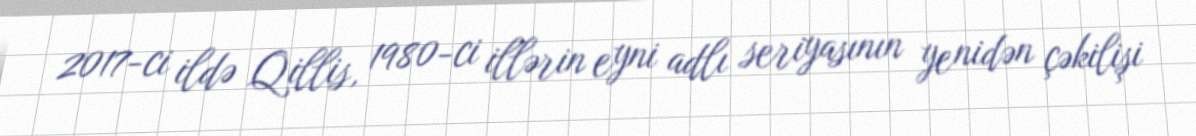
2017-ci ildə Qillis, 1980-ci illərin eyni adlı seriyasının yenidən çəkilişi